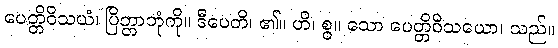
ပေတ္တိဝိသယံ၊ ပြိတ္တာဘုံကို။ ဒီပေတိ၊ ၏။ ဟိ၊ စွ။ သော ပေတ္တိဝိသယော၊ သည်။